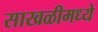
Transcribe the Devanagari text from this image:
साखळीमध्ये